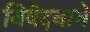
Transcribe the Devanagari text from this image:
निवेदनाने